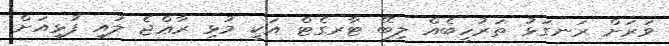
ވަރަށް ރަނގަޅު ތަރުހީބެއް ލިބޭ ޓާރގެޓް އަކީ މުޅި ރާޢްޖެ ލުއި ފުޅިއަށް